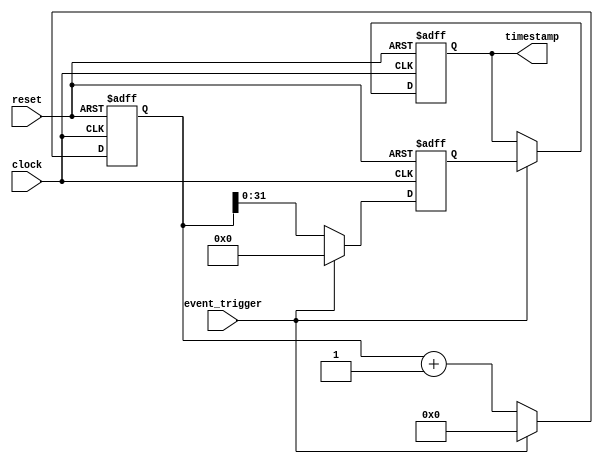
module timer_control_and_sync (
  input wire event_trigger,
  input wire clock,
  input wire reset,
  output reg [31:0] timestamp
);

reg [63:0] counter;
reg [31:0] temp_timestamp;

always @(posedge clock or posedge reset) begin
  if (reset) begin
    counter <= 0;
  end else if (event_trigger) begin
    counter <= 0;
  end else begin
    counter <= counter + 1;
  end
end

always @(posedge clock or posedge reset) begin
  if (reset) begin
    temp_timestamp <= 0;
  end else if (event_trigger) begin
    temp_timestamp <= 0;
  end else begin
    temp_timestamp <= counter[31:0];
  end
end

always @(posedge clock or posedge reset) begin
  if (reset) begin
    timestamp <= 0;
  end else if (event_trigger) begin
    timestamp <= temp_timestamp;
  end
end

endmodule